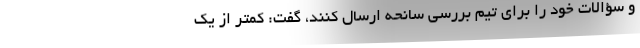
و سؤالات خود را برای تیم بررسی سانحه ارسال کنند، گفت:‌ کمتر از یک